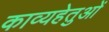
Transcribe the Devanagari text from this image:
काव्यहेतुओं